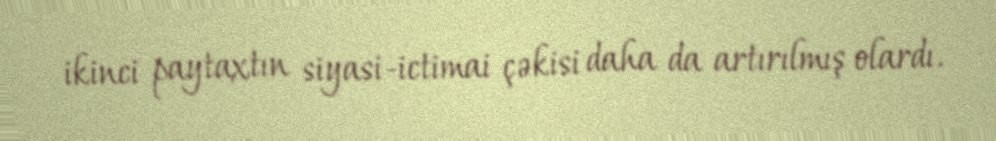
ikinci paytaxtın siyasi-ictimai çəkisi daha da artırılmış olardı.